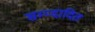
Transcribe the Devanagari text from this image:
सम्प्दादित